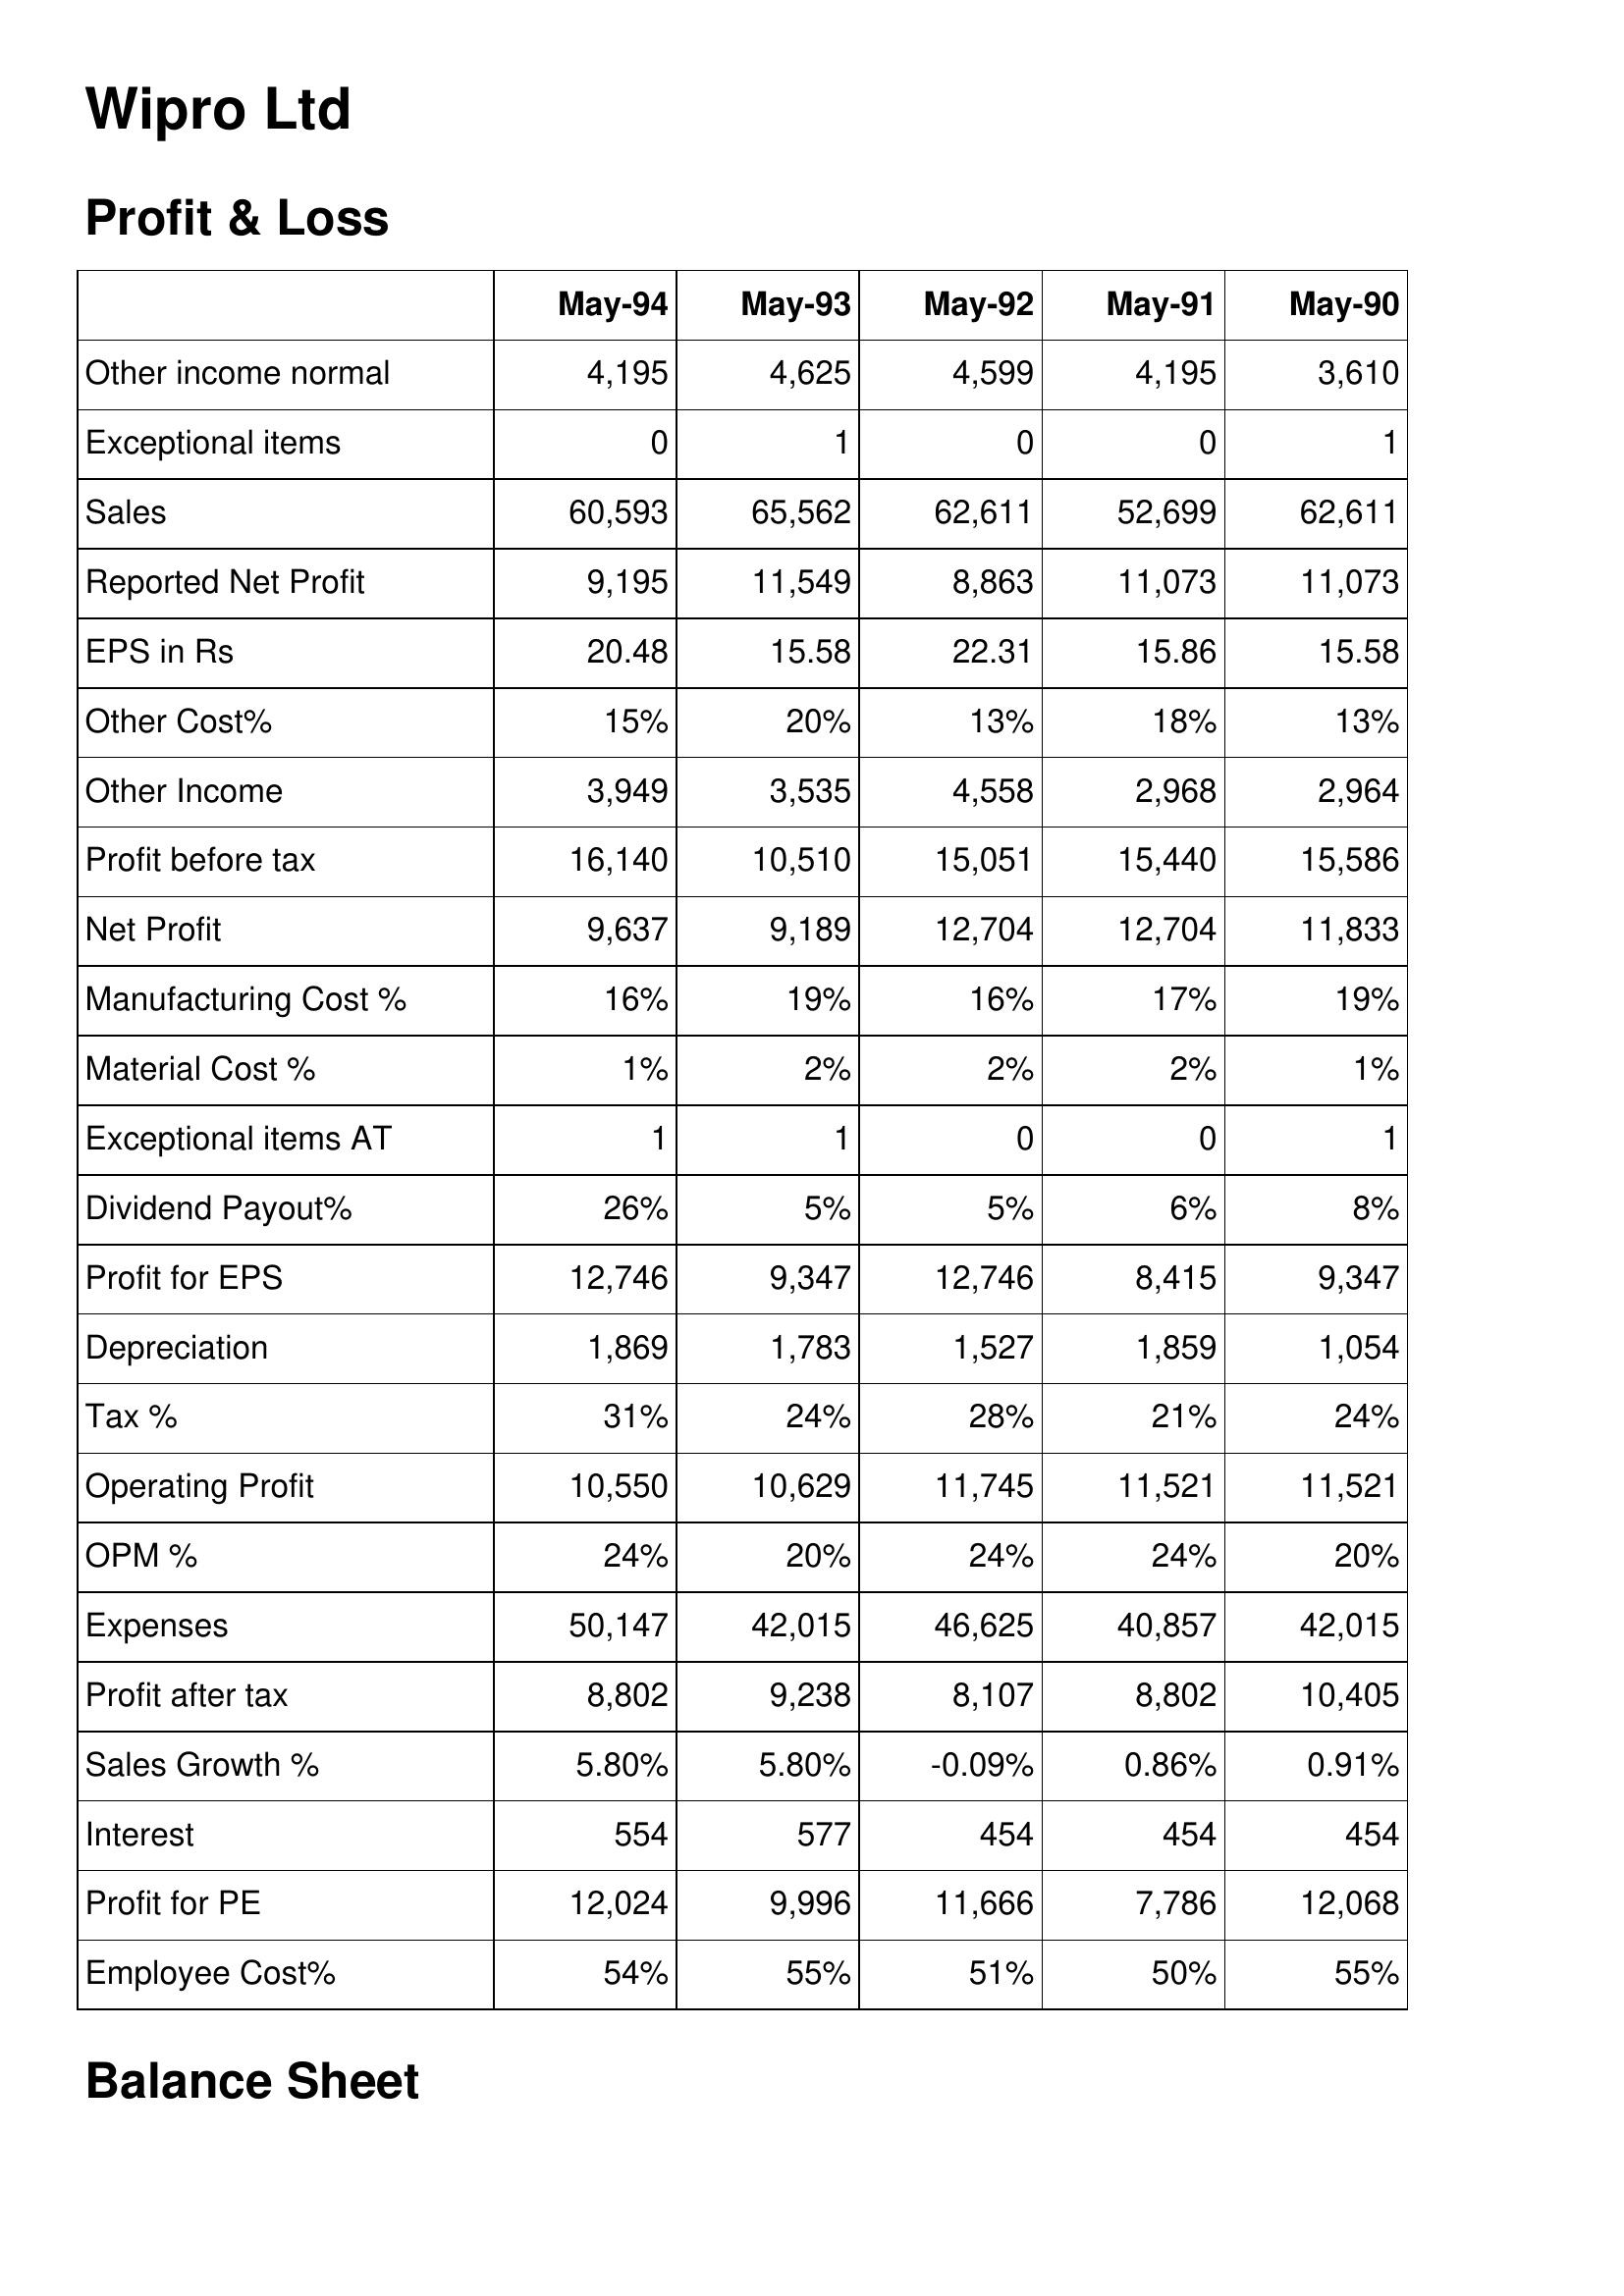
May-94: Profit & Loss: Other income normal: 4,195
Exceptional items: 0
Sales: 60,593
Reported Net Profit: 9,195
EPS in Rs: 20.48
Other Cost%: 15%
Other Income: 3,949
Profit before tax: 16,140
Net Profit: 9,637
Manufacturing Cost %: 16%
Material Cost %: 1%
Exceptional items AT: 1
Dividend Payout%: 26%
Profit for EPS: 12,746
Depreciation: 1,869
Tax %: 31%
Operating Profit: 10,550
OPM %: 24%
Expenses: 50,147
Profit after tax: 8,802
Sales Growth %: 5.80%
Interest: 554
Profit for PE: 12,024
Employee Cost%: 54%
May-93: Profit & Loss: Other income normal: 4,625
Exceptional items: 1
Sales: 65,562
Reported Net Profit: 11,549
EPS in Rs: 15.58
Other Cost%: 20%
Other Income: 3,535
Profit before tax: 10,510
Net Profit: 9,189
Manufacturing Cost %: 19%
Material Cost %: 2%
Exceptional items AT: 1
Dividend Payout%: 5%
Profit for EPS: 9,347
Depreciation: 1,783
Tax %: 24%
Operating Profit: 10,629
OPM %: 20%
Expenses: 42,015
Profit after tax: 9,238
Sales Growth %: 5.80%
Interest: 577
Profit for PE: 9,996
Employee Cost%: 55%
May-92: Profit & Loss: Other income normal: 4,599
Exceptional items: 0
Sales: 62,611
Reported Net Profit: 8,863
EPS in Rs: 22.31
Other Cost%: 13%
Other Income: 4,558
Profit before tax: 15,051
Net Profit: 12,704
Manufacturing Cost %: 16%
Material Cost %: 2%
Exceptional items AT: 0
Dividend Payout%: 5%
Profit for EPS: 12,746
Depreciation: 1,527
Tax %: 28%
Operating Profit: 11,745
OPM %: 24%
Expenses: 46,625
Profit after tax: 8,107
Sales Growth %: -0.09%
Interest: 454
Profit for PE: 11,666
Employee Cost%: 51%
May-91: Profit & Loss: Other income normal: 4,195
Exceptional items: 0
Sales: 52,699
Reported Net Profit: 11,073
EPS in Rs: 15.86
Other Cost%: 18%
Other Income: 2,968
Profit before tax: 15,440
Net Profit: 12,704
Manufacturing Cost %: 17%
Material Cost %: 2%
Exceptional items AT: 0
Dividend Payout%: 6%
Profit for EPS: 8,415
Depreciation: 1,859
Tax %: 21%
Operating Profit: 11,521
OPM %: 24%
Expenses: 40,857
Profit after tax: 8,802
Sales Growth %: 0.86%
Interest: 454
Profit for PE: 7,786
Employee Cost%: 50%
May-90: Profit & Loss: Other income normal: 3,610
Exceptional items: 1
Sales: 62,611
Reported Net Profit: 11,073
EPS in Rs: 15.58
Other Cost%: 13%
Other Income: 2,964
Profit before tax: 15,586
Net Profit: 11,833
Manufacturing Cost %: 19%
Material Cost %: 1%
Exceptional items AT: 1
Dividend Payout%: 8%
Profit for EPS: 9,347
Depreciation: 1,054
Tax %: 24%
Operating Profit: 11,521
OPM %: 20%
Expenses: 42,015
Profit after tax: 10,405
Sales Growth %: 0.91%
Interest: 454
Profit for PE: 12,068
Employee Cost%: 55%